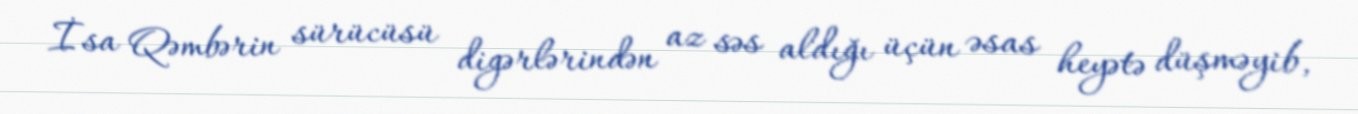
İsa Qəmbərin sürücüsü digərlərindən az səs aldığı üçün əsas heyətə düşməyib,